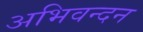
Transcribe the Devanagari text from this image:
अभिवन्दन